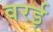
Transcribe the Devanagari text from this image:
वरई